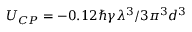
U _ { C P } = - 0 . 1 2 \hbar \gamma \lambda ^ { 3 } / 3 \pi ^ { 3 } d ^ { 3 }